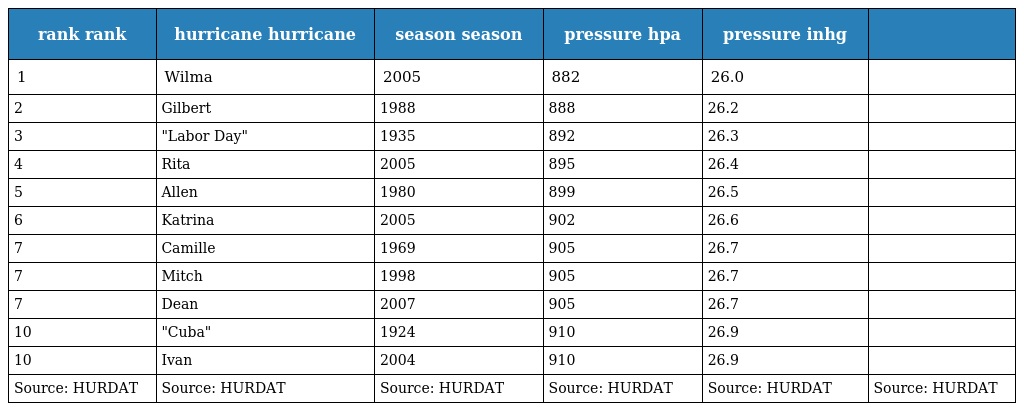
| rank rank | hurricane hurricane | season season | pressure hpa | pressure inhg |  |
 | --- | --- | --- | --- | --- | --- |
 | 1 | Wilma | 2005 | 882 | 26.0 |  |
 | 2 | Gilbert | 1988 | 888 | 26.2 |  |
 | 3 | "Labor Day" | 1935 | 892 | 26.3 |  |
 | 4 | Rita | 2005 | 895 | 26.4 |  |
 | 5 | Allen | 1980 | 899 | 26.5 |  |
 | 6 | Katrina | 2005 | 902 | 26.6 |  |
 | 7 | Camille | 1969 | 905 | 26.7 |  |
 | 7 | Mitch | 1998 | 905 | 26.7 |  |
 | 7 | Dean | 2007 | 905 | 26.7 |  |
 | 10 | "Cuba" | 1924 | 910 | 26.9 |  |
 | 10 | Ivan | 2004 | 910 | 26.9 |  |
 | Source: HURDAT | Source: HURDAT | Source: HURDAT | Source: HURDAT | Source: HURDAT | Source: HURDAT |